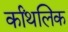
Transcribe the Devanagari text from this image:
र्कांथलिक